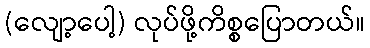
(လျော့ပေါ့) လုပ်ဖို့ကိစ္စပြောတယ်။